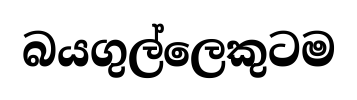
බයගුල්ලෙකුටම